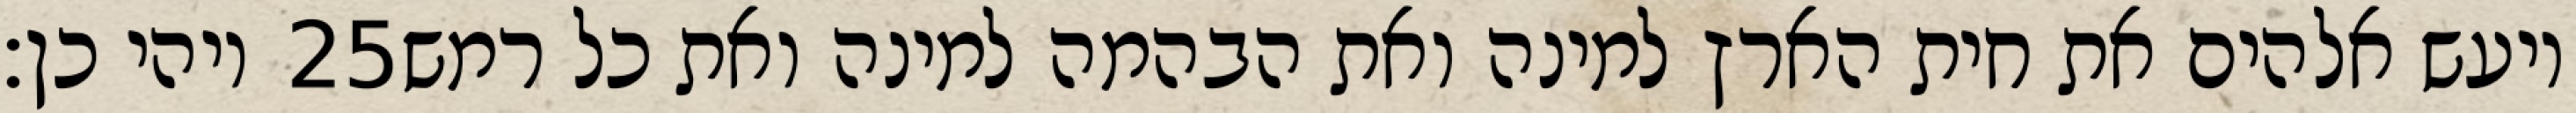
ויהי כן׃ ‎25‏ ויעש אלהים את חית הארץ למינה ואת הבהמה למינה ואת כל רמש